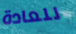
للعادة